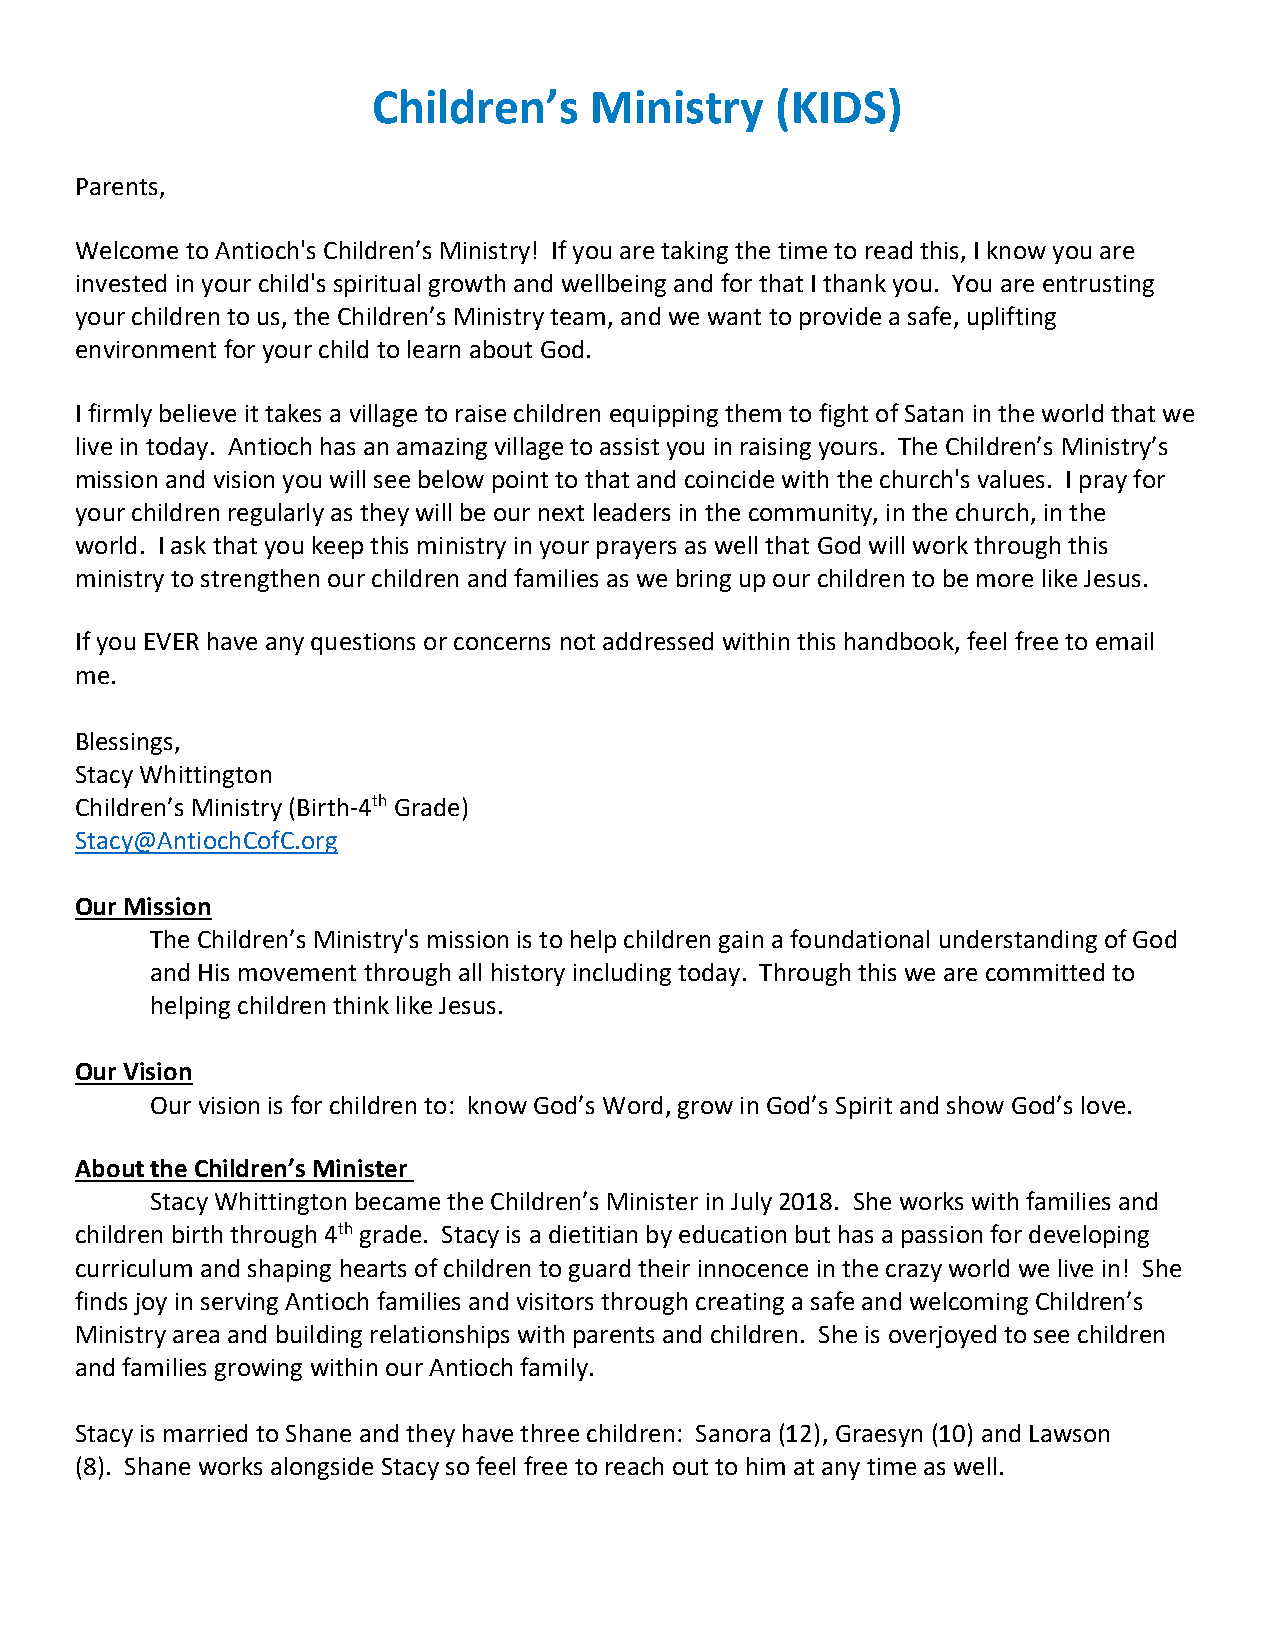
Children’s    Ministry    (KIDS)
 Parents,
 Welcome to Antioch's Children’s Ministry! If you are taking the time to read this, I know you are
 invested in your child's spiritual growth and wellbeing and for that I thank you. You are entrusting
 your children to us, the Children’s Ministry team, and we want to provide a safe, uplifting
 environment for your child to learn about God.
 I firmly believe it takes a village to raise children equipping them to fight of Satan in the world that we
 live in today. Antioch has an amazing village to assist you in raising yours. The Children’s Ministry’s
 mission and vision you will see below point to that and coincide with the church's values. I pray for
 your children regularly as they will be our next leaders in the community, in the church, in the
 world. I ask that you keep this ministry in your prayers as well that God will work through this
 ministry to strengthen our children and families as we bring up our children to be more like Jesus.
 If you EVER have any questions or concerns not addressed within this handbook, feel free to email
 me.
 Blessings,
 Stacy Whittington
 Children’s Ministry (Birth-4th Grade)
 Stacy@AntiochCofC.org
 Our Mission
 The Children’s Ministry's mission is to help children gain a foundational understanding of God
 and His movement through all history including today. Through this we are committed to
 helping children think like Jesus.
 Our Vision
 Our vision is for children to: know God’s Word, grow in God’s Spirit and show God’s love.
 About the Children’s Minister
 Stacy Whittington became the Children’s Minister in July 2018. She works with families and
 children birth through 4th grade. Stacy is a dietitian by education but has a passion for developing
 curriculum and shaping hearts of children to guard their innocence in the crazy world we live in! She
 finds joy in serving Antioch families and visitors through creating a safe and welcoming Children’s
 Ministry area and building relationships with parents and children. She is overjoyed to see children
 and families growing within our Antioch family.
 Stacy is married to Shane and they have three children: Sanora (12), Graesyn (10) and Lawson
 (8). Shane works alongside Stacy so feel free to reach out to him at any time as well.